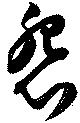
怨